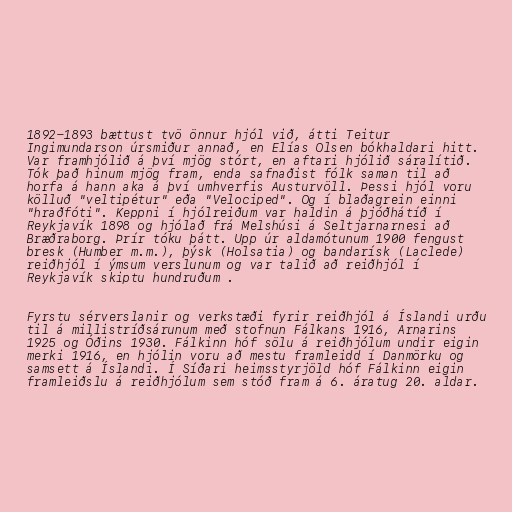
1892-1893 bættust tvö önnur hjól við, átti Teitur
Ingimundarson úrsmiður annað, en Elías Olsen bókhaldari hitt.
Var framhjólið á því mjög stórt, en aftari hjólið sáralítið.
Tók það hinum mjög fram, enda safnaðist fólk saman til að
horfa á hann aka á því umhverfis Austurvöll. Þessi hjól voru
kölluð "veltipétur" eða "Velociped". Og í blaðagrein einni
"hraðfóti". Keppni í hjólreiðum var haldin á þjóðhátíð í
Reykjavík 1898 og hjólað frá Melshúsi á Seltjarnarnesi að
Bræðraborg. Þrír tóku þátt. Upp úr aldamótunum 1900 fengust
bresk (Humber m.m.), þýsk (Holsatia) og bandarísk (Laclede)
reiðhjól í ýmsum verslunum og var talið að reiðhjól í
Reykjavík skiptu hundruðum .

Fyrstu sérverslanir og verkstæði fyrir reiðhjól á Íslandi urðu
til á millistríðsárunum með stofnun Fálkans 1916, Arnarins
1925 og Óðins 1930. Fálkinn hóf sölu á reiðhjólum undir eigin
merki 1916, en hjólin voru að mestu framleidd í Danmörku og
samsett á Íslandi. Í Síðari heimsstyrjöld hóf Fálkinn eigin
framleiðslu á reiðhjólum sem stóð fram á 6. áratug 20. aldar.